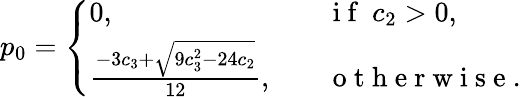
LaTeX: p_{0}=\left\{ \begin{array}{ll}{0,\quad}&{\mathrm{~i~f~}~c_{2}>0,}\\ {\frac{-3c_{3}+\sqrt{9c_{3}^{2}-24c_{2}}}{12},\quad}&{\mathrm{~o~t~h~e~r~w~i~s~e~}.}\end{array}\right.